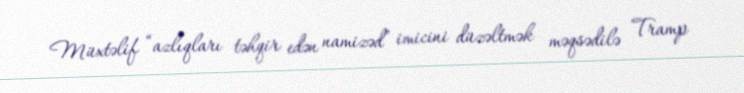
Müxtəlif “azlıqları təhqir edən namizəd” imicini düzəltmək məqsədilə Tramp